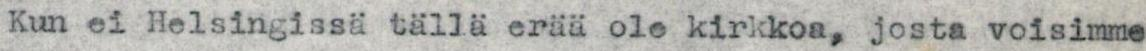
Kun ei Helsingissä tällä erää ole kirkkoa, josta voisimme